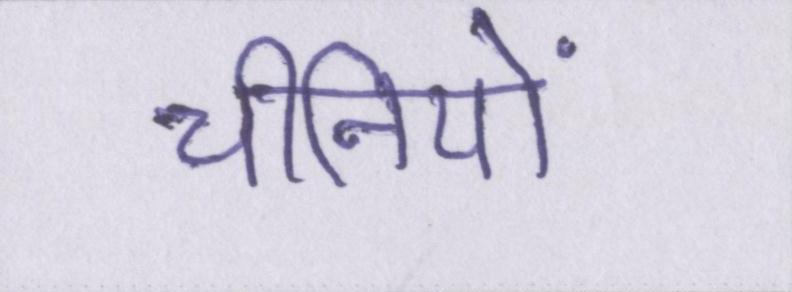
चीनियों